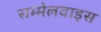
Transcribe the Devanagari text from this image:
सम्मेलवाइस